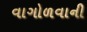
વાગોળવાની